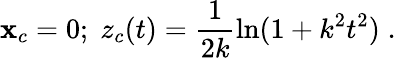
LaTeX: {\mathbf x}_{c}=0;\; z_{c}(t)={\frac{1}{2k}}\mathrm{ln}(1+k^{2}t^{2})\; .